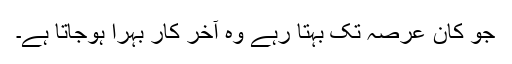
جو کان عرصہ تک بہتا رہے وہ آخر کار بہرا ہوجاتا ہے۔